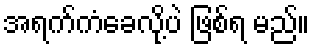
အရက်ကံခေလို့ပဲ ဖြစ်ရ မည်။